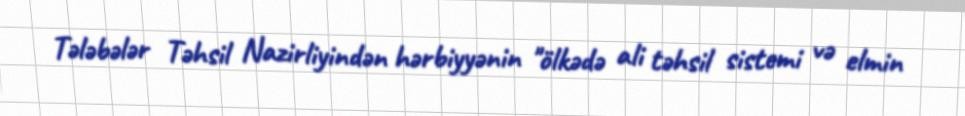
Tələbələr Təhsil Nazirliyindən hərbiyyənin "ölkədə ali təhsil sistemi və elmin